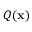
Q ( \mathbf { x } )